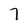
Character: 7